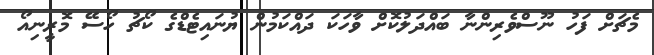
މެޗަށް ފަހު ނޫސްވެރިންނާ ބައްދަލުކޮށް ވާހަކަ ދައްކަމުން ޔުނައިޓެޑްގެ ކޯޗު ހޯސޭ މޮރީނިއޯ